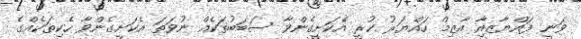
ވަނީ ފައްޔާޒއިާ އާޒިމް ހައްޔަރު ކުރީ އެކަށީގެންވާ ސަބަބުތަކެއް ނުވަތަ އެކަށީގެންވާ ހެކިތަކެއްގެ